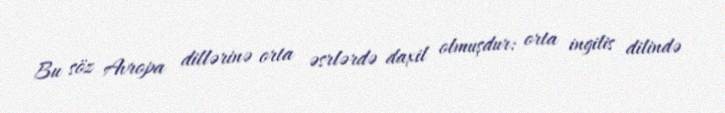
Bu söz Avropa dillərinə orta əsrlərdə daxil olmuşdur: orta ingilis dilində